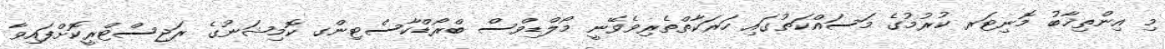
މި އިންތިޚާބު މޮނިޓަރ ކުރުމުގެ މަސައްކަތުގައި ހަރަކާތްތެރިވެވޭނީ މޯލްޑިވްސް ބްރޯޑްކާސްޓިންގ ކޮމިޝަނުގެ ރަޖިސްޓްރީކޮށްފައިވާ